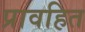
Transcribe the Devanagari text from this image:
प्रावहित